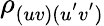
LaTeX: \rho_{(uv)(u^{'}v^{'})}